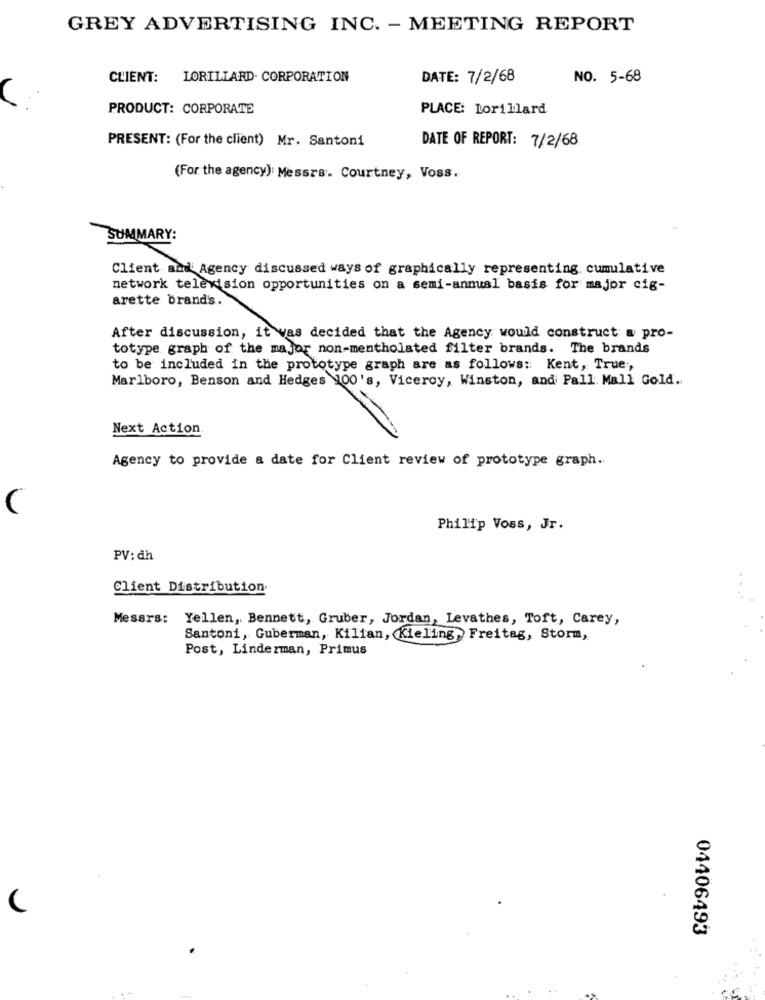
GREY ADVERTISING INC. - MEETING REPORT
CLIENT: LORILLARD. CORPORATION
DATE: 7/2/68
NO. 5-68
PRODUCT: CORPORATE
PLACE: Lorillard
PRESENT: (For the client) Mr. Santoni
DATE OF REPORT: 7/2/68
(For the agency): Messrs. Courtney, Voss.
SUMMARY:
Client and Agency discussed ways of graphically representing cumulative
network television opportunities on a semi-annual basis for major cig-
arette brand's.
After discussion, it was decided that the Agency would construct a pro-
totype graph of the major non-mentholated filter brands. The brands
to be included in the prototype graph are as follows: Kent, True,
Marlboro, Benson and Hedges 100's, Viceroy, Winston, and Pall Mall Gold ..
Next Action.
Agency to provide a date for Client review of prototype graph.
(
Philip Voss, Jr.
PV: dh
Client Distribution
Messrs: Yellen, Bennett, Gruber, Jordan, Levathes, Toft, Carey,
Santoni, Guberman, Kilian, (Kieling, Freitag, Storm,
Post, Linderman, Primus
(
04406493